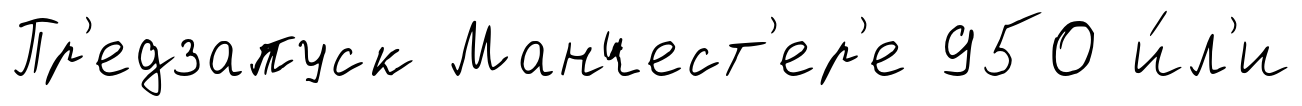
Пр'едзапуск Манчест'ер'е 950 и́л'и